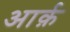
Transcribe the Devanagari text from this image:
आर्क़